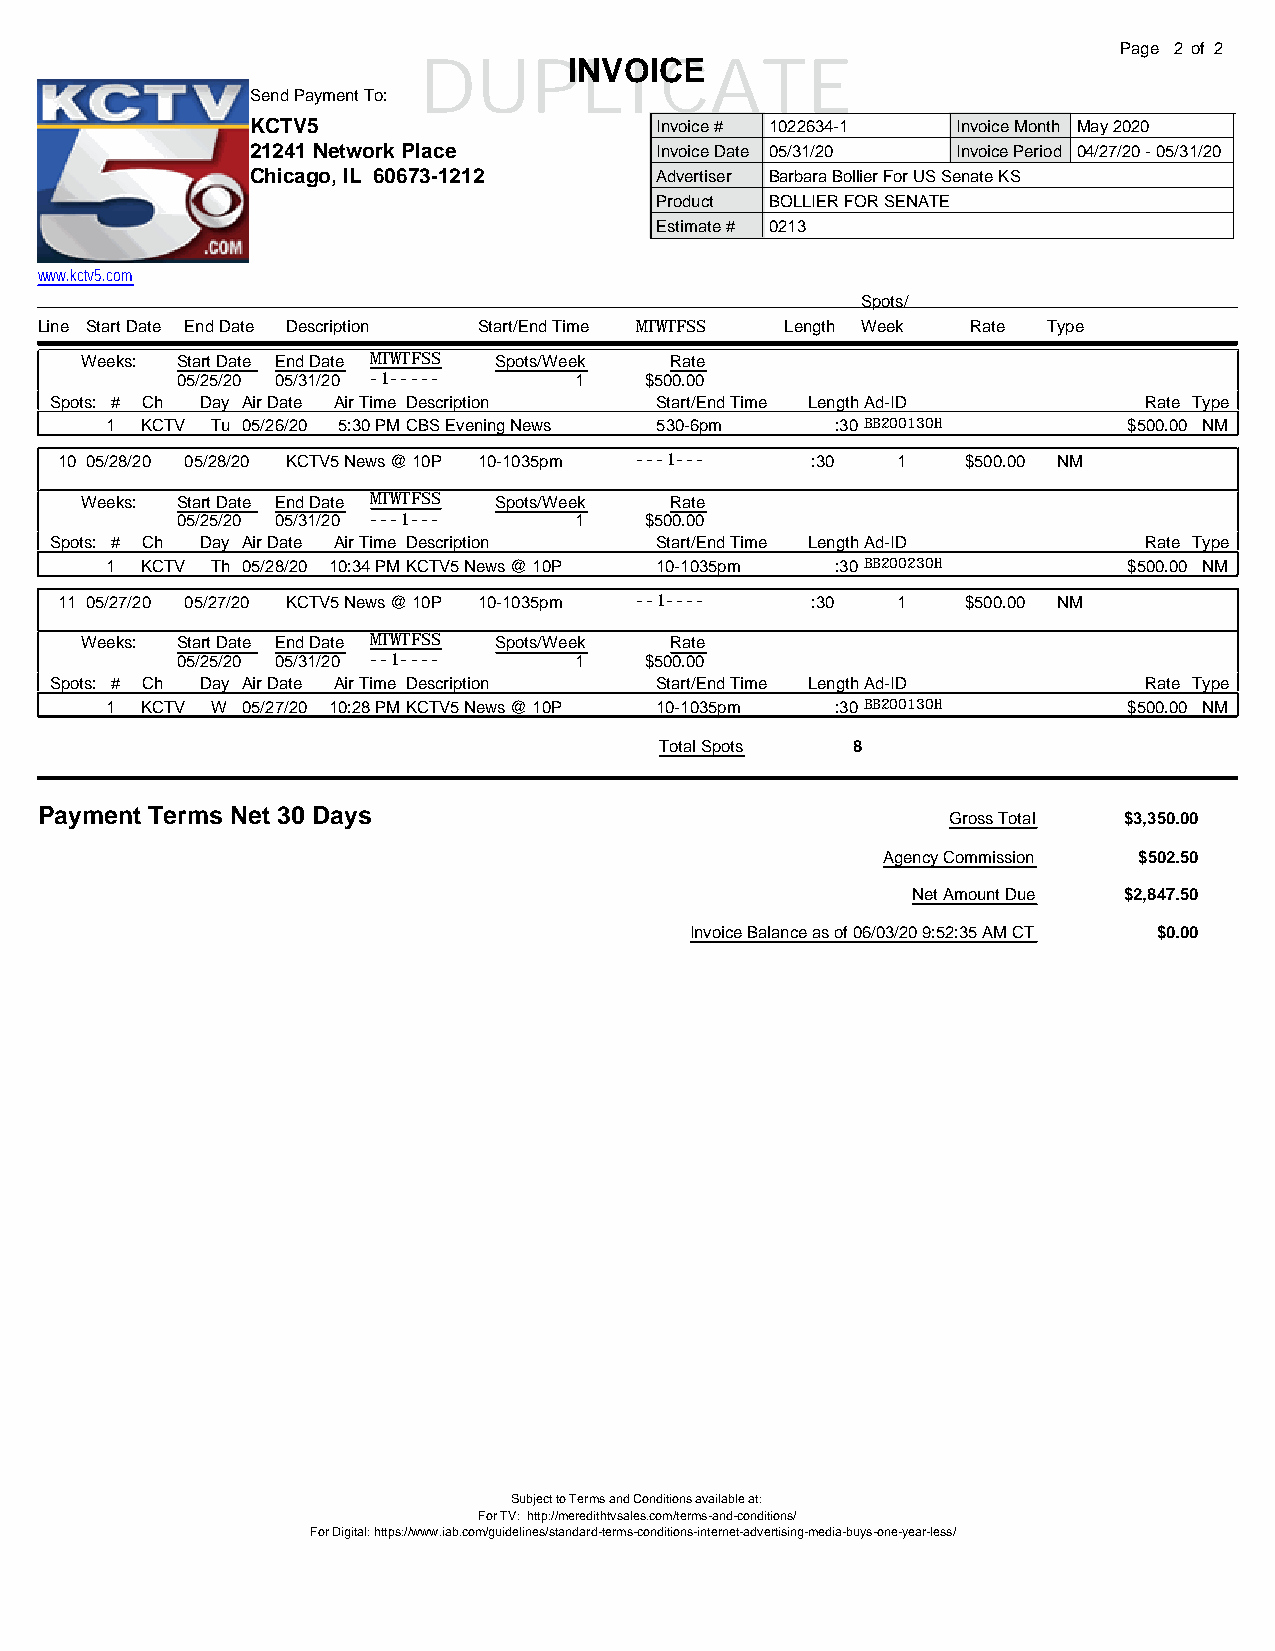
Page 2 of 2
 DUPINLVOIICCEATE
 Send Payment To:
 KCTV5                     Invoice # 1022634-1 Invoice Month May 2020
 21241 Network Place       Invoice Date 05/31/20 Invoice Period 04/27/20 - 05/31/20
 Chicago, IL 60673-1212    Advertiser Barbara Bollier For US Senate KS
 Product BOLLIER FOR SENATE
 Estimate # 0213
 www.kctv5.com
 Spots/
 Line Start Date End Date Description Start/End Time MTWTFSS Length Week Rate Type
 Weeks: Start Date End Date MTWTFSS Spots/Week Rate
 05/25/20 05/31/20 -1----- 1    $500.00
 Spots: # Ch Day Air Date Air Time Description Start/End Time LengthAd-ID Rate Type
 1 KCTV Tu 05/26/20 5:30 PMCBS Evening News 530-6pm :30 BB200130H    $500.00 NM
 10 05/28/20 05/28/20 KCTV5 News @ 10P 10-1035pm ---1--- :30 1 $500.00 NM
 Weeks: Start Date End Date MTWTFSS Spots/Week Rate
 05/25/20 05/31/20 ---1--- 1    $500.00
 Spots: # Ch Day Air Date Air Time Description Start/End Time LengthAd-ID Rate Type
 1 KCTV Th 05/28/20 10:34 PMKCTV5 News @ 10P 10-1035pm :30 BB200230H $500.00 NM
 11 05/27/20 05/27/20 KCTV5 News @ 10P 10-1035pm --1---- :30 1 $500.00 NM
 Weeks: Start Date End Date MTWTFSS Spots/Week Rate
 05/25/20 05/31/20 --1---- 1    $500.00
 Spots: # Ch Day Air Date Air Time Description Start/End Time LengthAd-ID Rate Type
 1 KCTV W 05/27/20 10:28 PMKCTV5 News @ 10P 10-1035pm :30 BB200130H  $500.00 NM
 Total Spots 8
 Payment Terms Net 30 Days                                    Gross Total $3,350.00
 Agency Commission $502.50
 Net Amount Due $2,847.50
 Invoice Balance as of 06/03/20 9:52:35 AM CT $0.00
 Subject to Terms and Conditions available at:
 For TV: http://meredithtvsales.com/terms-and-conditions/
 For Digital: https://www.iab.com/guidelines/standard-terms-conditions-internet-advertising-media-buys-one-year-less/
 powered by WideOrbit